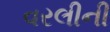
વરલીની